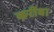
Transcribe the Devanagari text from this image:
करीबा